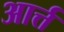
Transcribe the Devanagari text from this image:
आर्त्त